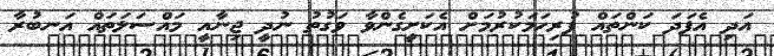
އަދި އެފަދަ ކަންތައް ފުރިހަމަކުރުމަށް އެކަށީގެންވާ ވަގުތު ނުދީ ޖިނާއީ މައްސަލަތައް އަނބުރާ